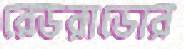
রেডরাডোর